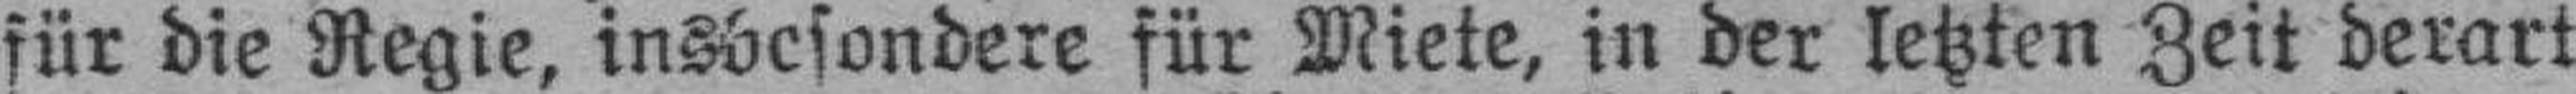
für die Regie, insbesondere für Miete, in der letzten Zeit derart